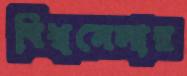
বিশ্বমেলার